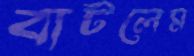
বাটলেম